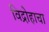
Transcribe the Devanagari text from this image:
विद्रोहाचा